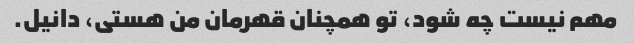
مهم نیست چه شود، تو همچنان قهرمان من هستی، دانیل.